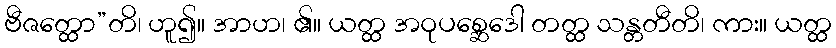
ဗီဇတ္ထော”တိ၊ ဟူ၍။ အာဟ၊ ၏။ ယတ္ထ အဝုပစ္ဆေဒေါ တတ္ထ သန္တတီတိ၊ ကား။ ယတ္ထ